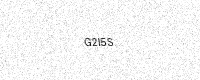
Text: G2I5S